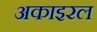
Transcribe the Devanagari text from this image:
अकाइरल